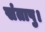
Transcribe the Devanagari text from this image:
संतापु।